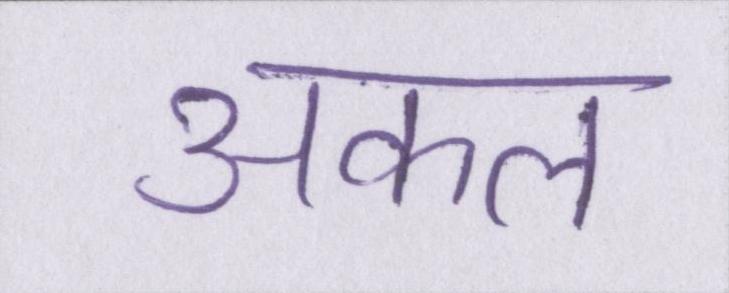
अकल